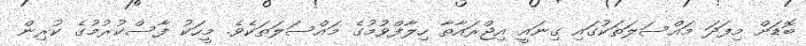
ބޮޑަށް މިފަދަ މައްސަލަތަކުގައި ގިނައީ އިޖްރައާތާ ހިލާފްވުމުގެ މައްސަލަތަކެވެ. މީހަކު ފާސްކުރުމުގެ ކުރިން